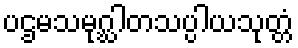
ပဌမသမုဂ္ဃါတသပ္ပါယသုတ္တံ